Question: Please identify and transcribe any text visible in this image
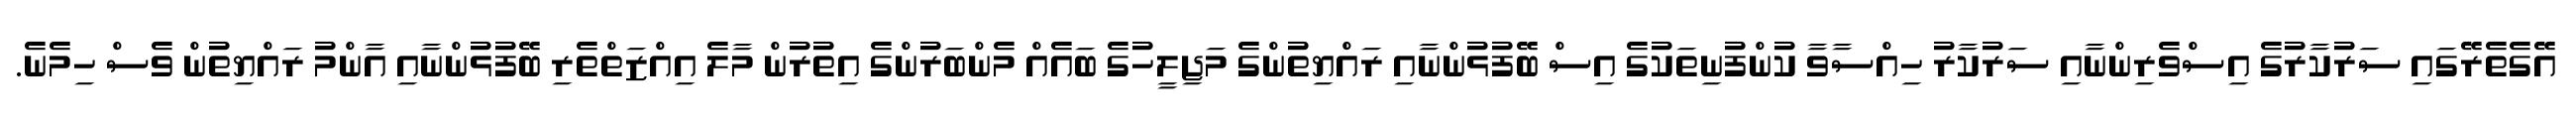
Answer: އޭގެތެރޭގައި ސަރުކާރުގެ އިސްވެރިންނާއި ސަރުކާރު ހިއްސާވާ ކުންފުނިތަކުގެ އިސް ބޭފުޅުންނާއި ރައްޔިތުންގެ މަޖިލީހުގެ ބައެއް މެންބަރުންގެ އިތުރުން މާލެ އިއްޒަތްތެރި ބޭފުޅުންނާއި އާންމު ރައްޔިތުން ވެސް ހިމެނެ.